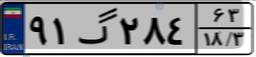
۹۱گ۲۸۴۶۳